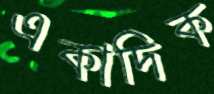
একাদিক